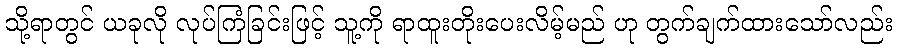
သို့ရာတွင် ယခုလို လုပ်ကြံခြင်းဖြင့် သူ့ကို ရာထူးတိုးပေးလိမ့်မည် ဟု တွက်ချက်ထားသော်လည်း